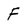
Character: F